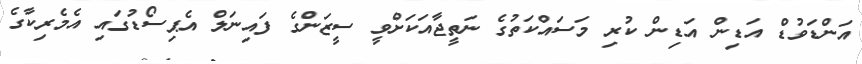
އަންޑަވުޑް އަޑިން އަޑިން ކުރި މަސައްކަތުގެ ނަތީޖާއަަކަށްވީ ސީޒަންގެ ފައިނަލް އެޕިސޯޑުގައި އެމެރިކާގެ